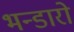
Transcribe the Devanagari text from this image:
भन्डारो